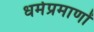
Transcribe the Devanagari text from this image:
धर्मप्रमाणों